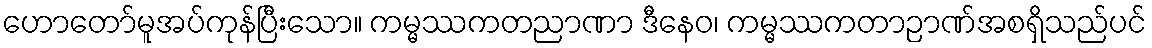
ဟောတော်မူအပ်ကုန်ပြီးသော။ ကမ္မဿကတညာဏာ ဒီနေဝ၊ ကမ္မဿကတာဉာဏ်အစရှိသည်ပင်